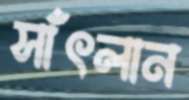
সাঁৎলান